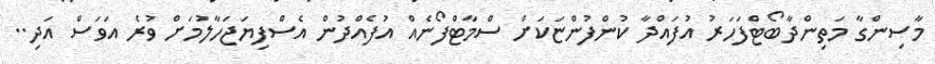
މާސިންގާ މަތިންދާބޯޓްފަހަރު އުފައްދާ ކުންފުންޏަކަށް ސްމާޓްފޯނެއް އުފެއްދުން އެސްފިޔަޖަހާލުމަށް ވުރެ އަވަސް އަދި..